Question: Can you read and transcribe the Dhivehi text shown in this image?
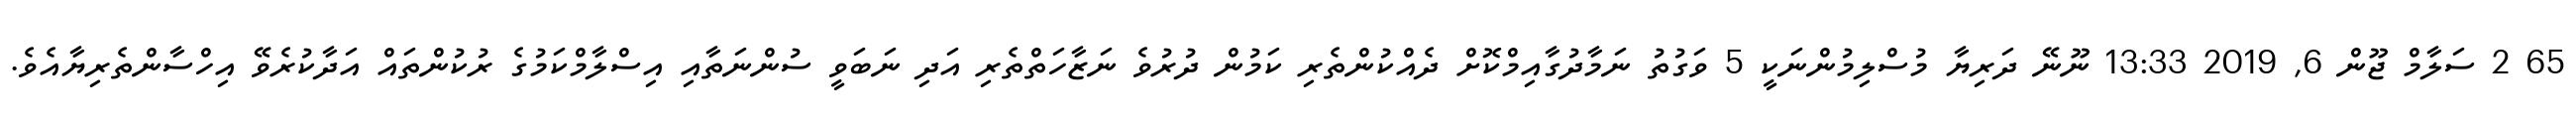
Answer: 65 2 ސަލާމް ޖޫން 6, 2019 13:33 ނޫނޭ ދަރިޔާ މުސްލިމުންނަކީ 5 ވަގުތު ނަމާދުގާއިމްކޮށް ދެއްކުންތެރި ކަމުން ދުރުވެ ނަޒާހަތްތެރި އަދި ނަބަވީ ސުންނަތާއި އިސްލާމްކަމުގެ ރުކުންތައް އަދާކުރެވޭ އިހްސާންތެރިޔާއެވެ.